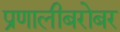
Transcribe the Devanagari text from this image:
प्रणालीबरोबर